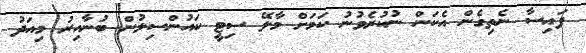
ފައިސާ ނެތިގެން އެކަން ނުކުރެވުނު ކަމަށް މާލޭ ސިޓީ ކައުންސިލުން ބުނާއިރު މިއަދު